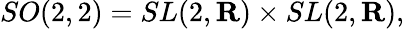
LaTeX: SO(2,2)=SL(2,{\mathbf R})\times SL(2,{\mathbf R}),